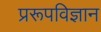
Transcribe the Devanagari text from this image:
प्ररूपविज्ञान